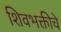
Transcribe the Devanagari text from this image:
शिवभक्तीचे